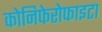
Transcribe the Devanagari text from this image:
कोनिफेरोफाइटा